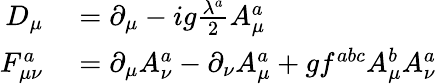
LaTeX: \begin{array}{rl}{D_{\mu}}&{{}=\partial_{\mu}-ig\frac{\lambda^{a}}{2}A_{\mu}^{a}}\\ {F_{\mu\nu}^{a}}&{{}=\partial_{\mu}A_{\nu}^{a}-\partial_{\nu}A_{\mu}^{a}+gf^{abc}A_{\mu}^{b}A_{\nu}^{a}}\end{array}